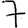
Digit: 7